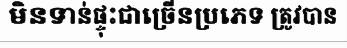
មិនទាន់ផ្ទុះជាច្រើនប្រភេទ ត្រូវបាន